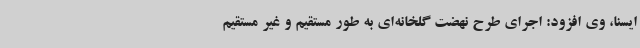
ایسنا، وی افزود: اجرای طرح نهضت گلخانه‌ای به طور مستقیم و غیر مستقیم